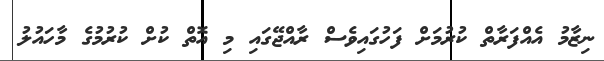
ނިޒާމު އެއްފަރާތް ކުރުމަށް ފަހުގައިވެސް ރާއްޖޭގައި މި އޮތް ކުށް ކުރުމުގެ މާހައުލު